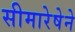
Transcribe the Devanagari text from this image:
सीमारेषेने